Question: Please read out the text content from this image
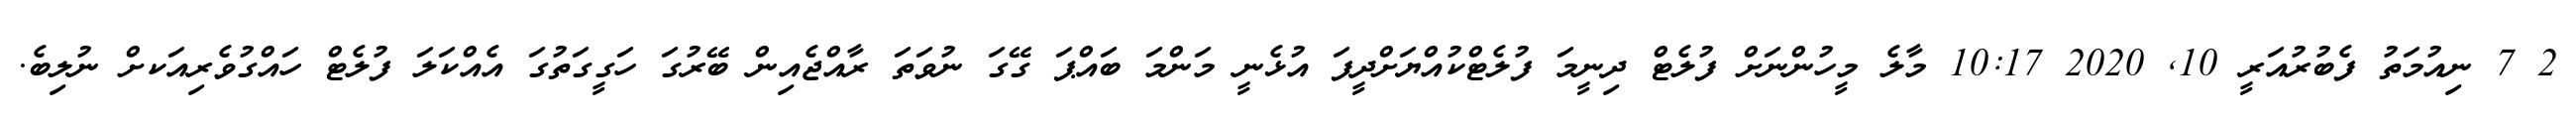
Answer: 2 7 ނިއުމަތު ފެބުރުއަރީ 10, 2020 10:17 މާލެ މީހުންނަށް ފުލެޓް ދިނީމަ ފުލެޓްކުއްޔަށްދީފަ އުޅެނީ މަންމަ ބައްޕަ ގޭގަ ނުވަތަ ރާއްޖެއިން ބޭރުގަ ހަގީގަތުގަ އެއްކަލަ ފުލެޓް ހައްގުވެރިއަކށް ނުލިބެ.